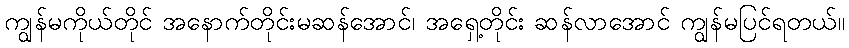
ကျွန်မကိုယ်တိုင် အနောက်တိုင်းမဆန်အောင်၊ အရှေ့တိုင်း ဆန်လာအောင် ကျွန်မပြင်ရတယ်။